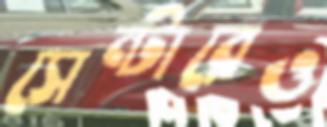
সেন্টারেও